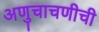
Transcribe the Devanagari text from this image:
अणुचाचणीची